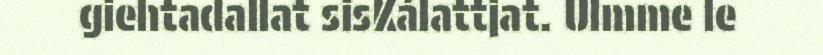
giehtadallat sisKálattjat. Ulmme le